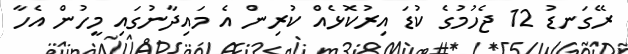
ރޭގަނޑު 12 ޖެހުމުގެ ކުޑަ އިރުކޮޅެއް ކުރިން އެ މައިދާނުގައި މީހުން އެހާ